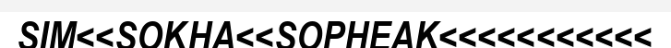
SIM<<SOKHA<<SOPHEAK<<<<<<<<<<<